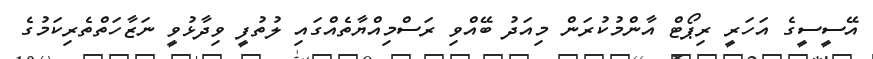
އޭސީސީގެ އަހަރީ ރިޕޯޓް އާންމުކުރަން މިއަދު ބޭއްވި ރަސްމިއްޔާތެއްގައި ލުތުފީ ވިދާޅުވީ ނަޒާހަތްތެރިކަމުގެ